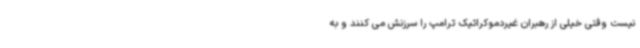
نیست وقتی خیلی از رهبران غیردموکراتیک ترامپ را سرزنش می کنند و به